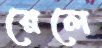
রেলে